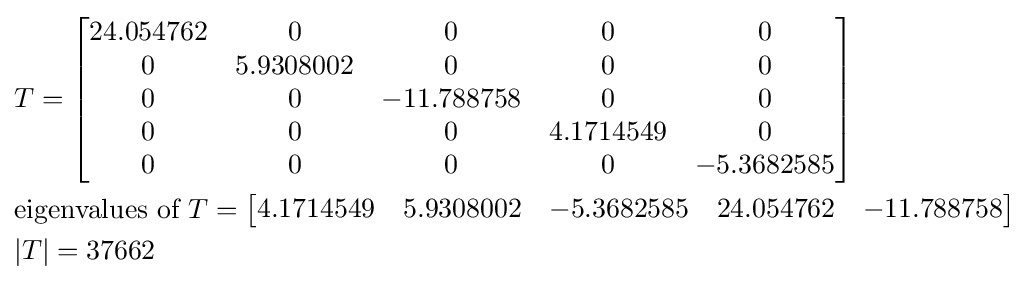
{\begin{aligned}&T={\begin{bmatrix}24.054762&0&0&0&0\\0&5.9308002&0&0&0\\0&0&-11.788758&0&0\\0&0&0&4.1714549&0\\0&0&0&0&-5.3682585\\\end{bmatrix}}\\&{\text{eigenvalues of }}T={\begin{bmatrix}4.1714549&5.9308002&-5.3682585&24.054762&-11.788758\end{bmatrix}}\\&|T|=37662\end{aligned}}